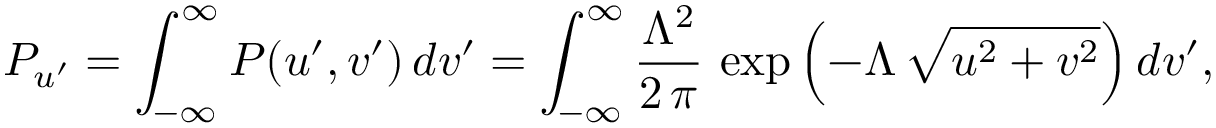
P _ { u ^ { \prime } } = \int _ { - \infty } ^ { \infty } P ( u ^ { \prime } , v ^ { \prime } ) \, d v ^ { \prime } = \int _ { - \infty } ^ { \infty } \frac { \Lambda ^ { 2 } } { 2 \, \pi } \, \exp { \left( - \Lambda \, \sqrt { u ^ { 2 } + v ^ { 2 } } \right) } \, d v ^ { \prime } ,